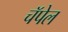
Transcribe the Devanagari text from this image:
चॅपेल